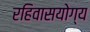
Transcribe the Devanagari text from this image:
रहिवासयोग्य